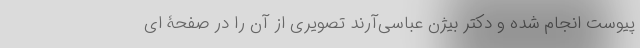
پیوست انجام شده و دکتر بیژن عباسی‌آرند تصویری از آن را در صفحۀ ای